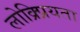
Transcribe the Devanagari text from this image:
लोक्र्प्रियता